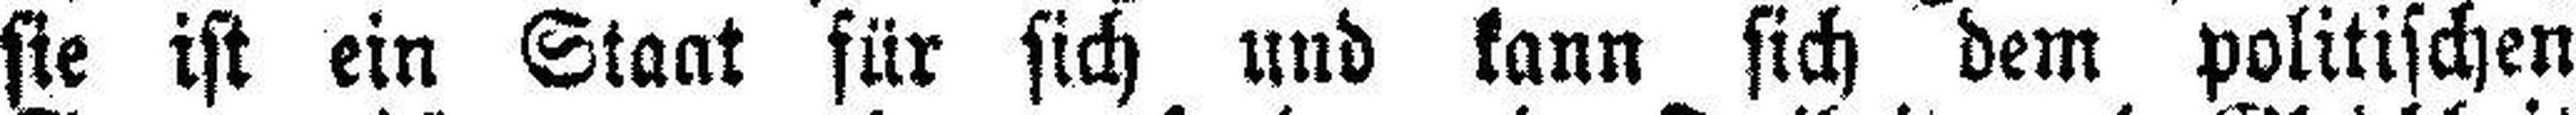
sie ist ein Staat für sich und kann sich dem politischen